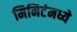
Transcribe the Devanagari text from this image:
मिनिटंमध्ये